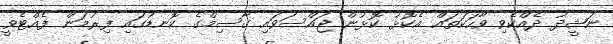
ނަޝީދު ދެއްކެވި ވާހަކަތައް އެކޮޅު ކޮޅުން ޖައްސަވައި ގާސިމްގެ ކޮނޑުގައި ފިރުމަން ފެއްޓެވީ